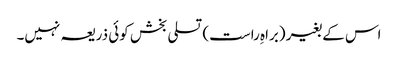
اس کے بغیر (براہِ راست) تسلی بخش کوئی ذریعہ نہیں۔